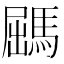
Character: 𩣹